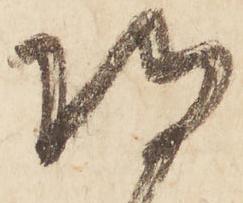
将